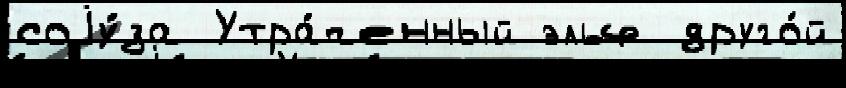
соjу́за Утра́ченный эльф друго́й